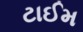
ટાઈમ